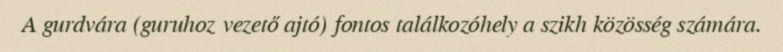
A gurdvára (guruhoz vezető ajtó) fontos találkozóhely a szikh közösség számára.